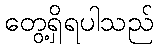
တွေ့ရှိရပါသည်